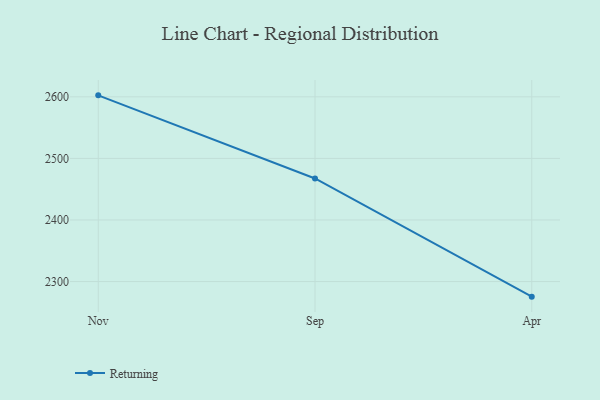
{"axis": {"x": "Month", "y": "Market Share (%)"}, "legend": ["Returning"], "data": [{"x": "Nov", "y": 2602.4, "type": "Returning"}, {"x": "Sep", "y": 2467.4, "type": "Returning"}, {"x": "Apr", "y": 2275.5, "type": "Returning"}]}